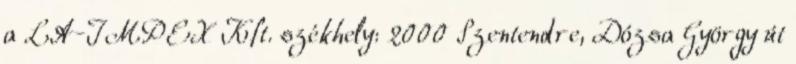
a LA-IMPEX Kft. székhely: 2000 Szentendre, Dózsa György út